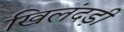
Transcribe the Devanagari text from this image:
खिलंदड़ी